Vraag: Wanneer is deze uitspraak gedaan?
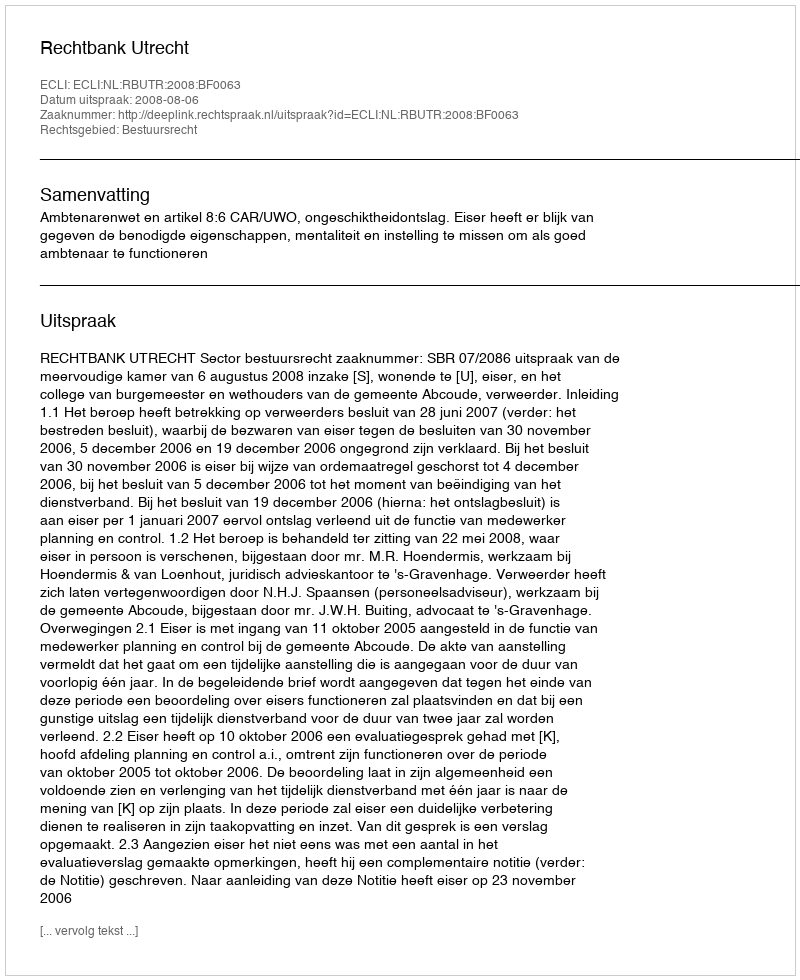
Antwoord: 2008-08-06